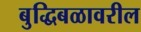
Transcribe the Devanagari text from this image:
बुद्धिबळावरील